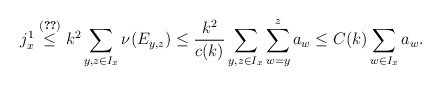
\begin{align*}j_x^1\stackrel{\textrm{\eqref{eq:jx1}}}{\le}k^2\sum_{y,z\in I_x}\nu(E_{y,z})\le \frac{k^2}{c(k)}\sum_{y,z\in I_x}\sum_{w=y}^z a_w\le C(k)\sum_{w\in I_x}a_w.\end{align*}